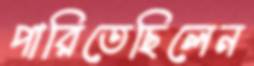
পারিতেছিলেন